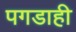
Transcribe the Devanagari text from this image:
पगडाही